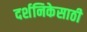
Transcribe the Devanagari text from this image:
दर्शनिकेसाठी